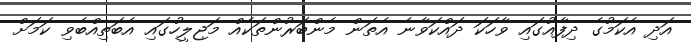
އަދި އެކަމުގެ ދިފާއުގައި ވާހަކަ ދައްކަވާނެ އެތަން މެންބަރުންތަކެއް މަޖިލީހުގައި އެބަތިއްބެވި ކަމަށް